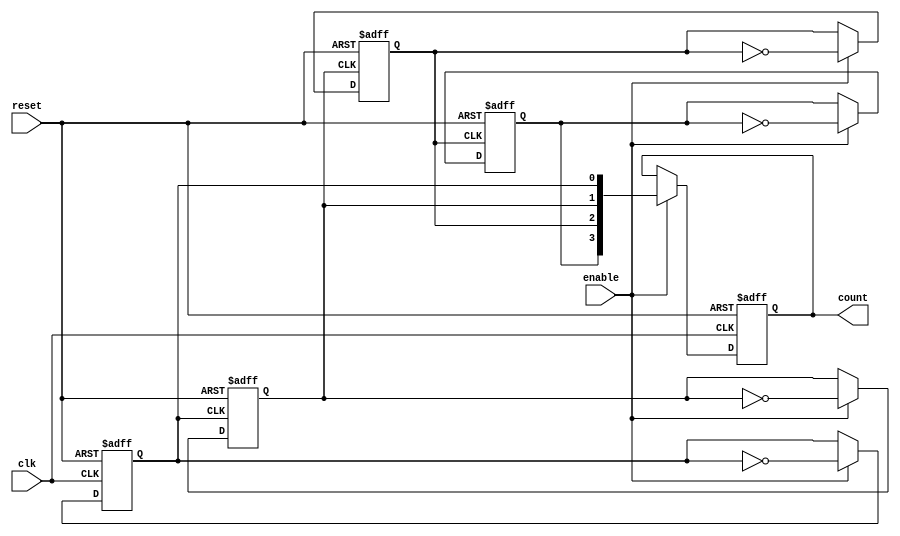
module cascaded_counter #(
    parameter N = 4 // Number of flip-flops (bits)
)(
    input wire clk,        // Clock signal
    input wire reset,      // Asynchronous reset signal
    input wire enable,     // Enable signal
    output reg [N-1:0] count // Output count value
);

// Internal signals for cascading flip-flops
wire [N-1:0] flip_flop_output;

// Generate the flip-flops
genvar i;
generate
    for (i = 0; i < N; i = i + 1) begin : flip_flop
        if (i == 0) begin
            // LSB flip-flop
            always @(posedge clk or posedge reset) begin
                if (reset) begin
                    flip_flop_output[i] <= 1'b0;
                end else if (enable) begin
                    flip_flop_output[i] <= ~flip_flop_output[i];
                end
            end
        end else begin
            // Cascaded flip-flops
            always @(posedge flip_flop_output[i-1] or posedge reset) begin
                if (reset) begin
                    flip_flop_output[i] <= 1'b0;
                end else if (enable) begin
                    flip_flop_output[i] <= ~flip_flop_output[i];
                end
            end
        end
    end
endgenerate

// Assign the output count value
always @(posedge clk or posedge reset) begin
    if (reset) begin
        count <= 0;
    end else if (enable) begin
        count <= flip_flop_output;
    end
end

endmodule